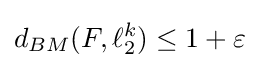
d_{BM}(F,\ell _{2}^{k})\leq 1+\varepsilon